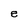
Character: e